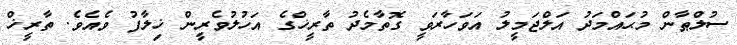
ސުލްޠާން މުޙައްމަދު އަލްޖަމީލު އަވަހާރަވީ ގޮތާމެދު ތާރީޚްގެ އަހުލުވެރީން ޚިލާފު ވެއެވެ. ތާރީޚް